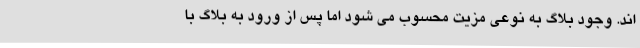
اند. وجود بلاگ به نوعی مزیت محسوب می شود اما پس از ورود به بلاگ با